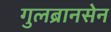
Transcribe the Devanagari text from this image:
गुलब्रानसेन